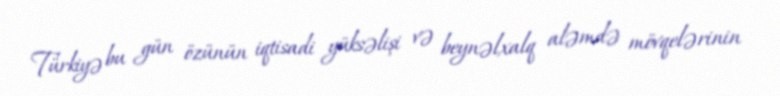
Türkiyə bu gün özünün iqtisadi yüksəlişi və beynəlxalq aləmdə mövqelərinin